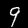
Digit: 9